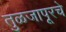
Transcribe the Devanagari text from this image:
तुळजापूरचे